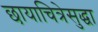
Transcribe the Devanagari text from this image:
छायाचित्रेसुद्धा